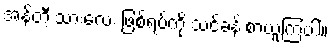
အန်တီ့ သားလေး ဖြစ်ရပ်ကို သင်ခန်းစာယူကြပါ။